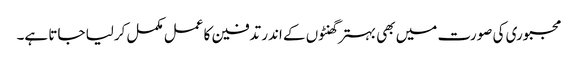
مجبوری کی صورت میں بھی بہتر گھنٹوں کے اندر تدفین کا عمل مکمل کرلیا جاتا ہے۔